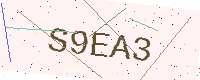
Text: S9EA3